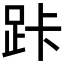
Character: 𮛑